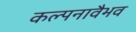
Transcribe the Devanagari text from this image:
कल्पनावैभव